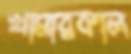
খামারকাল